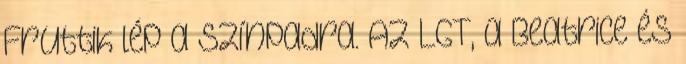
Fruttik lép a színpadra. Az LGT, a Beatrice és